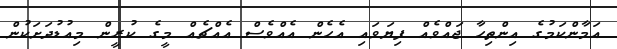
އަމާންކަމުގެ އިންތިހާ ޖައްވެއް ފިޔަވައި އެހެން އެއްވެސް އެއްޗެއް މީގެ ކުރީން މިއުޑުދަށަކުން